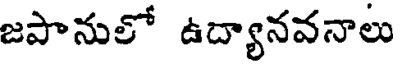
జపానులో ఉద్యానవనాలు